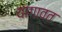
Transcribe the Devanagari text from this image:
यागावत